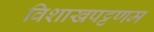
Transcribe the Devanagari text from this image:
विशाखपट्टणम